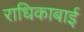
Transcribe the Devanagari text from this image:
राधिकाबाई